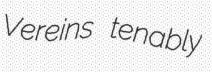
Vereins tenably